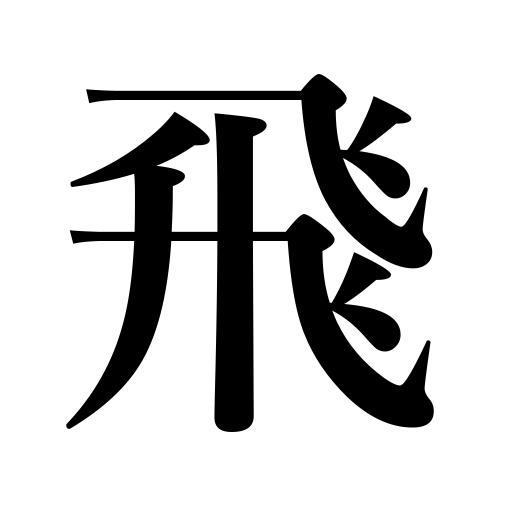
Meanings: issue,fly a kite,blow away,skip over,splash,send out,drive fast,skip pages,omit,scatter,let fly,fly